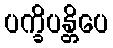
ပက္ခိပန္တိပေ